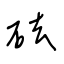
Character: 砝